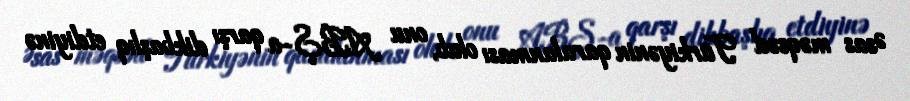
Əsas məqsəd Türkiyənin qaralanması olub, onu ABŞ-a qarşı dikbaşlıq etdiyinə